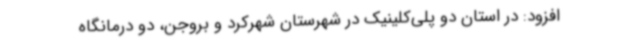
افزود: در استان دو پلی‌کلینیک در شهرستان شهرکرد و بروجن، دو درمانگاه